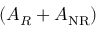
( A _ { R } + A _ { \mathrm { N R } } )